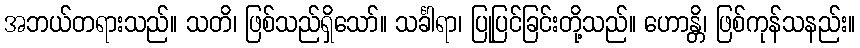
အဘယ်တရားသည်။ သတိ၊ ဖြစ်သည်ရှိသော်။ သင်္ခါရာ၊ ပြုပြင်ခြင်းတို့သည်။ ဟောန္တိ၊ ဖြစ်ကုန်သနည်း။